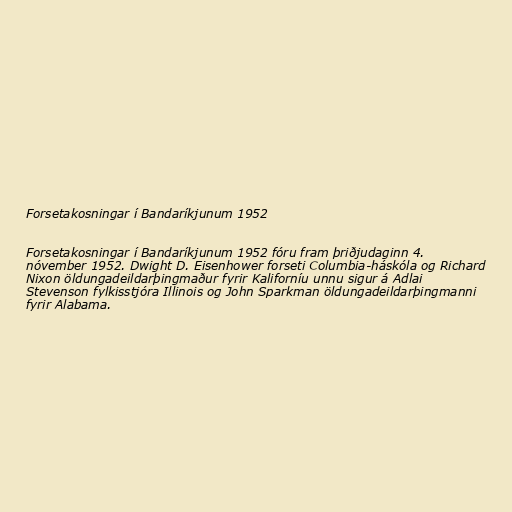
Forsetakosningar í Bandaríkjunum 1952

Forsetakosningar í Bandaríkjunum 1952 fóru fram þriðjudaginn 4.
nóvember 1952. Dwight D. Eisenhower forseti Columbia-háskóla og Richard
Nixon öldungadeildarþingmaður fyrir Kaliforníu unnu sigur á Adlai
Stevenson fylkisstjóra Illinois og John Sparkman öldungadeildarþingmanni
fyrir Alabama.